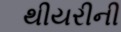
થીયરીની